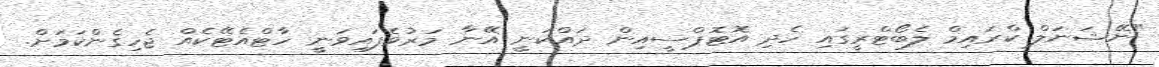
"ނޭޝަނަލް ކްރައިމް ލެބޯޓްރީގައި ހެދި އޮޓޮޕްސީއިން ދައްކަނީ އޭނާ މަރުވެފައިވަނީ ހާޓްއެޓޭކެއް ޖެހިގެންކަމަށް.